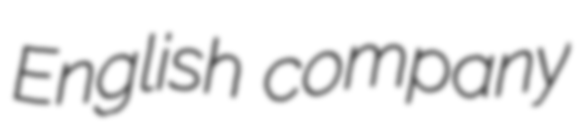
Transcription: English company